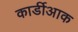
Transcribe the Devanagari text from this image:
कार्डीआक